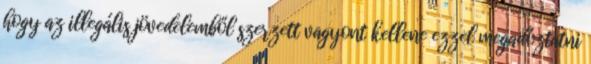
hogy az illegális jövedelemből szerzett vagyont kellene ezzel megadóztatni